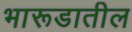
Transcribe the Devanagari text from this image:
भारूडातील